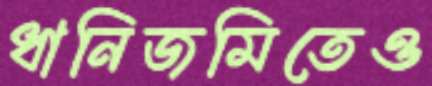
ধানিজমিতেও